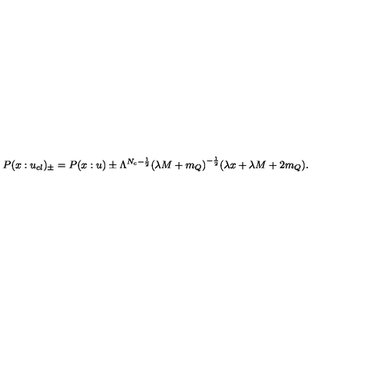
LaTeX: P ( x : u _ { c l } ) _ { \pm } = P ( x : u ) \pm \Lambda ^ { N _ { c } - \frac { 1 } { 2 } } { ( \lambda M + m _ { Q } ) } ^ { - \frac { 1 } { 2 } } ( \lambda x + \lambda M + 2 m _ { Q } ) .